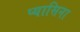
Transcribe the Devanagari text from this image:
प्यासिना